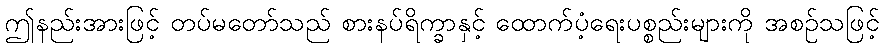
ဤနည်းအားဖြင့် တပ်မတော်သည် စားနပ်ရိက္ခာနှင့် ထောက်ပံ့ရေးပစ္စည်းများကို အစဉ်သဖြင့်